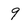
Character: 9